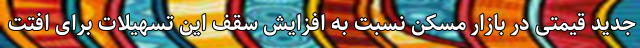
جدید قیمتی در بازار مسکن نسبت به افزایش سقف این تسهیلات برای افتت